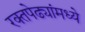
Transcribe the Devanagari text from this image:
रक्तपेढ्यांमध्ये